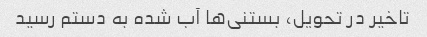
تاخیر در تحویل، بستنی‌ها آب شده به دستم رسید